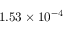
1 . 5 3 \times 1 0 ^ { - 4 }